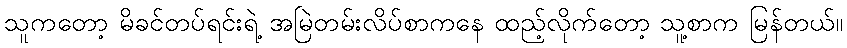
သူကတော့ မိခင်တပ်ရင်းရဲ့ အမြဲတမ်းလိပ်စာကနေ ထည့်လိုက်တော့ သူ့စာက မြန်တယ်။